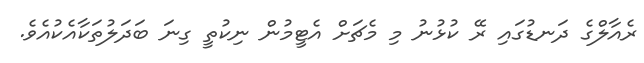
ރެއާލްގެ ދަނޑުގައި ރޭ ކުޅުނު މި މެޗަށް އެޓީމުން ނިކުތީ ގިނަ ބަދަލުތަކާއެކުއެވެ.